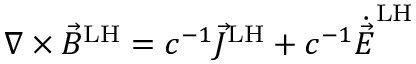
\nabla \times { \vec { B } } ^ { \mathrm { L H } } = c ^ { - 1 } { \vec { J } } ^ { \mathrm { L H } } + c ^ { - 1 } { \dot { \vec { E } } } ^ { \mathrm { L H } }